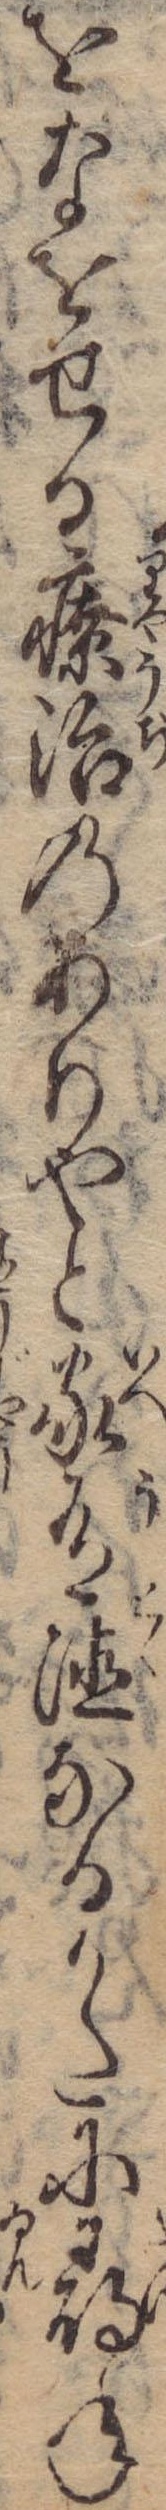
をなをせる療治のありやと家有徳なるかたに尋ね